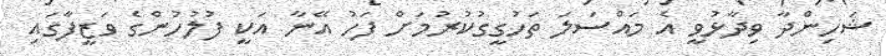
ޝަހިންދާ ވިދާޅުވީ އެ މައްސަލަ ތަހުގީގުކުރުމަށް ފަހު އޭނާ އަކީ ފުލުހުންގެ ވަޒީފާގައި